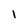
Character: l